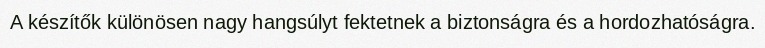
A készítők különösen nagy hangsúlyt fektetnek a biztonságra és a hordozhatóságra.